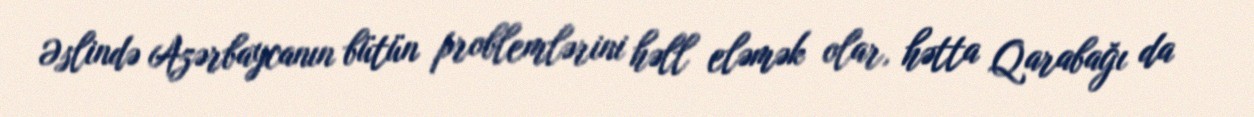
Əslində Azərbaycanın bütün problemlərini həll eləmək olar, hətta Qarabağı da